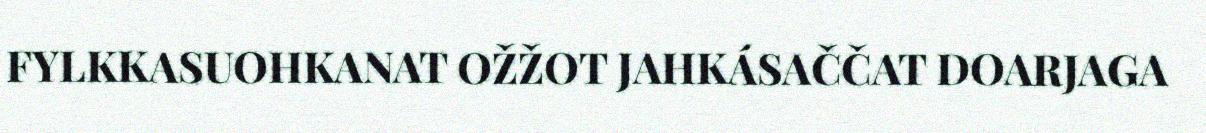
FYLKKASUOHKANAT OŽŽOT JAHKÁSAČČAT DOARJAGA